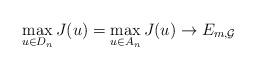
LaTeX: \begin{gather*}\max_{u\in D_n} J(u)=\max_{u \in A_n}J(u) \to E_{m,\mathcal{G}}\end{gather*}